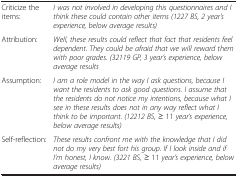
<table><thead><tr><td><b> </b></td><td><b> </b></td></tr></thead><tbody><tr><td>Criticize the items:</td><td><i>I was not involved in developing this questionnaires and I think these could contain other items (1227 BS, 2 year’s experience, below average results)</i></td></tr><tr><td>Attribution:</td><td><i>Well, these results could reflect that fact that residents feel dependent. They could be afraid that we will reward them with poor grades. (32119 GP, 3 year’s experience, below average results</i></td></tr><tr><td>Assumption:</td><td><i>I am a role model in the way I ask questions, because I want the residents to ask good questions. I assume that the residents do not notice my intentions, because what I see in these results does not in any way reflect what I think to be important</i>. <i>(12212 BS, </i>≥ 11 <i>year’s experience, below average results)</i></td></tr><tr><td>Self-reflection:</td><td><i>These results confront me with the knowledge that I did not do my very best fort his group. If I look inside and if I’m honest, I know. (3221 BS, </i>≥ 11 <i>year’s experience, below average results)</i></td></tr></tbody></table>